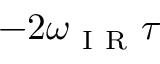
- 2 \omega _ { \mathrm { ~ I ~ R ~ } } \tau